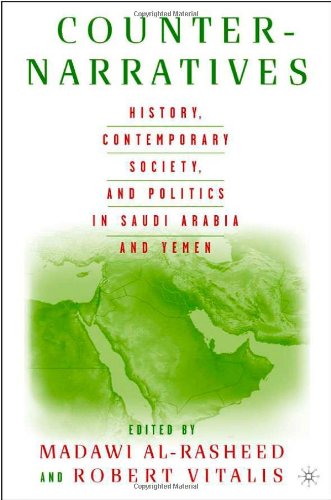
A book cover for Counter-Narratives: History, Contemporary Society, and Politics in Saudi Arabia and Yemen; History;